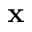
\mathbf { x }